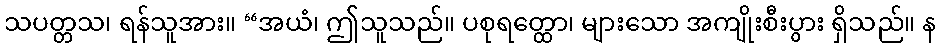
သပတ္တသ၊ ရန်သူအား။ “အယံ၊ ဤသူသည်။ ပစုရတ္ထော၊ များသော အကျိုးစီးပွား ရှိသည်။ န